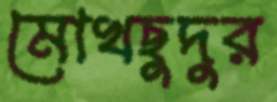
মোখছুদুর